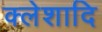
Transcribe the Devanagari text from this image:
क्लेशादि